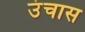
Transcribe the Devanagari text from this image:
उंचास